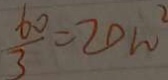
\frac { 6 0 } { 3 } = 2 0 m ^ { 2 }